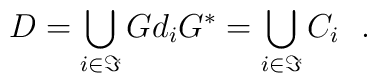
D=\bigcup_{i\in \Im}Gd_{i}G^{*}=\bigcup_{i\in \Im}C_{i}\ \  .